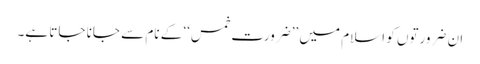
ان ضرورتوں کو اسلام میں ’’ضرورت خمس‘‘ کے نام سے جانا جاتا ہے۔